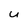
Character: u